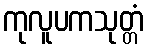
ကုလူပကသုတ္တံ